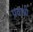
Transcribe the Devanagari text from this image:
प्रवाभी